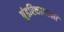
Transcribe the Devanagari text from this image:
पुंडरिकावल्ली